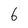
Character: 6